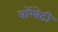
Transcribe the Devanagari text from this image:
बॉम्बेटी